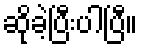
ဆိုခဲ့ပြီးပါပြီ။